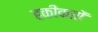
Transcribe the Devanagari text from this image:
हकीकतों